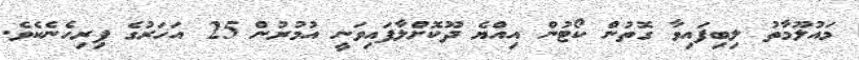
މައުލޫމާތު ލިބިފައިވާ ގޮތުން ކޯޓުން އިއްޔެ ދޫކޮށްލާފައިވަނީ އުމުރުން 25 އަހަރުގެ ފިރިހެނެކެވެ.